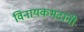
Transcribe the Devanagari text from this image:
विनायकभटांनी